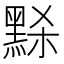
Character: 𪑂